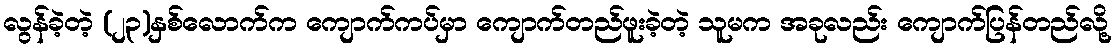
လွန်ခဲ့တဲ့ (၂၃)နှစ်လောက်က ကျောက်ကပ်မှာ ကျောက်တည်ဖူးခဲ့တဲ့ သူမက အခုလည်း ကျောက်ပြန်တည်လို့